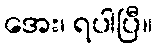
အေး၊ ရပါပြီ။